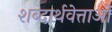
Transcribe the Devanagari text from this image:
शब्दार्थवेत्ताओं